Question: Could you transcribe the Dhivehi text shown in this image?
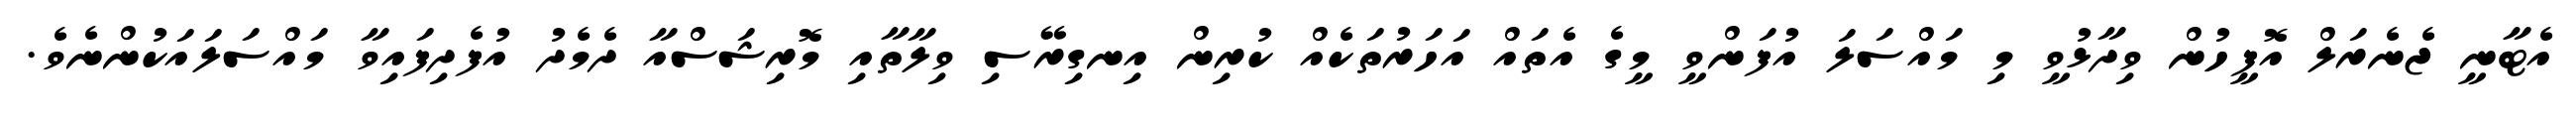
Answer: އެޓާނީ ޖެނެރަލް އޮފީހުން ވިދާޅުވީ މި މައްސަލަ އުފަންވީ މީގެ އެތައް އަހަރުތަކެއް ކުރިން އިނގިރޭސި ވިލާތާއި މޮރިޝަސްއާ ދެމެދު އުފެދިފައިވާ މައްސަލައަކުންނެވެ.